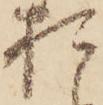
お